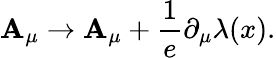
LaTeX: \mathbf{A}_{\mu}\rightarrow\mathbf{A}_{\mu}+\frac{{1}}{{e}}\partial_{\mu}\lambda(x).